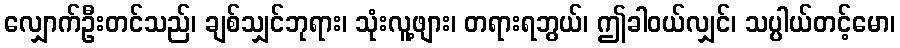
လျှောက်ဦးတင်သည်၊ ချစ်သျှင်ဘုရား၊ သုံးလူ့ဖျား၊ တရားရဘွယ်၊ ဤခါဝယ်လျှင်၊ သပ္ပါယ်တင့်မော၊